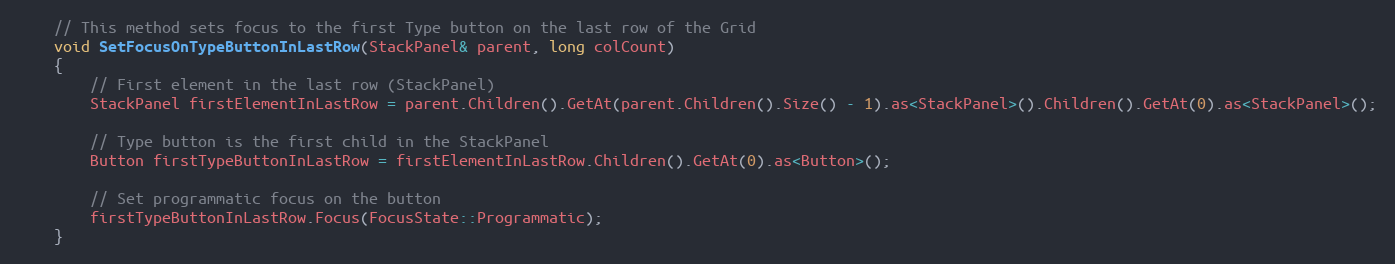
Language: C++
    // This method sets focus to the first Type button on the last row of the Grid
    void SetFocusOnTypeButtonInLastRow(StackPanel& parent, long colCount)
    {
        // First element in the last row (StackPanel)
        StackPanel firstElementInLastRow = parent.Children().GetAt(parent.Children().Size() - 1).as<StackPanel>().Children().GetAt(0).as<StackPanel>();

        // Type button is the first child in the StackPanel
        Button firstTypeButtonInLastRow = firstElementInLastRow.Children().GetAt(0).as<Button>();

        // Set programmatic focus on the button
        firstTypeButtonInLastRow.Focus(FocusState::Programmatic);
    }